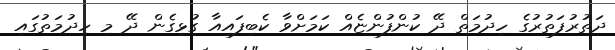
ދަތުރުފަތުރުގެ ހިދުމަތް ދޭ ކުންފުންޏެއް ކަމަށްވާ ކެބިފައިއާ ގުޅިގެން ދޭ މި ހިދުމަތުގައި